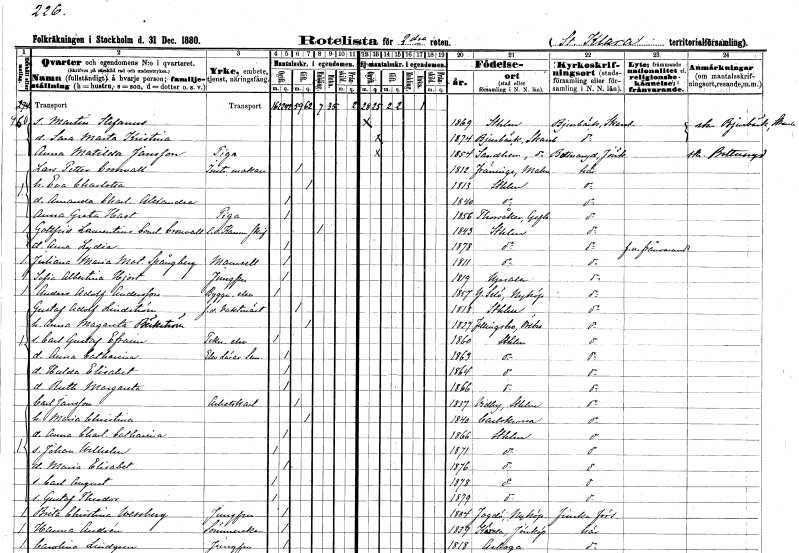
gt_parse: households: individuals: FN: Martin Stefanus
KON: M
CIV: O
FODAR: 1869
FODFORS: Stockholm
FN: Sara Marta Kristina
KON: K
CIV: O
FODAR: 1874
FODFORS: Bjurbäck Skaraborgs län
FN: Anna Matilda
EN: Jansson
YRKE: Piga
KON: K
CIV: O
FODAR: 1854
FODFORS: Sandhem Skaraborgs län
FN: Lars Petter
EN: Cronvall
YRKE: Instrumentmakare
KON: M
CIV: G
FODAR: 1812
FODFORS: Fränninge Malmöhus län
FN: Eva Charlotta
KON: K
CIV: G
FODAR: 1813
FODFORS: Stockholm
FN: Amanda Charlotta Alexandra
KON: K
CIV: O
FODAR: 1840
FODFORS: Stockholm
FN: Anna Greta
EN: Hast
YRKE: Piga
KON: K
CIV: O
FODAR: 1856
FODFORS: Torsåker Gävleborgs län
FN: Gottfrid Laurentius Constantin
EN: Cronvall
YRKE: Kammarskrivare e.o.
KON: M
CIV: E
FODAR: 1843
FODFORS: Stockholm
FN: Anna Lydia
KON: K
CIV: O
FODAR: 1878
FODFORS: Stockholm
FN: Juliana Maria Matilda
EN: Spångberg
KON: K
CIV: O
FODAR: 1811
FODFORS: Stockholm
FN: Sofia Albertina
EN: Hjort
YRKE: Jungfru
KON: K
CIV: O
FODAR: 1819
FODFORS: Uppsala Uppsala län
FN: Anders Adolf
EN: Andersson
YRKE: Byggnadselev
KON: M
CIV: O
FODAR: 1857
FODFORS: Ytterselö Södermanlands län
FN: Gustaf Adolf
EN: Lindström
YRKE: Vaktmästare f.d.
KON: M
CIV: G
FODAR: 1818
FODFORS: Stockholm
FN: Anna Magareta
EN: Bäckström
KON: K
CIV: G
FODAR: 1827
FODFORS: Fellingsbro Örebro län
FN: Carl Gustaf Efraim
YRKE: Teknologelev
KON: M
CIV: O
FODAR: 1860
FODFORS: Stockholm
FN: Anna Catharina
YRKE: Elev vid lärarseminarium
KON: K
CIV: O
FODAR: 1863
FODFORS: Stockholm
FN: Hulda Elisabet
KON: K
CIV: O
FODAR: 1864
FODFORS: Stockholm
FN: Ruth Margareta
KON: K
CIV: O
FODAR: 1866
FODFORS: Stockholm
FN: Carl
EN: Jansson
YRKE: Arbetskarl
KON: M
CIV: G
FODAR: 1837
FODFORS: Vidbo Stockholms län
FN: Maria Christina
KON: K
CIV: G
FODAR: 1840
FODFORS: Karlskrona Blekinge län
FN: Anna Charlotta Catharina
KON: K
CIV: O
FODAR: 1866
FODFORS: Stockholm
FN: Johan Wilhelm
KON: M
CIV: O
FODAR: 1871
FODFORS: Stockholm
FN: Maria Elisabet
KON: K
CIV: O
FODAR: 1876
FODFORS: Stockholm
FN: Carl August
KON: M
CIV: O
FODAR: 1878
FODFORS: Stockholm
FN: Gustaf Theodor
KON: M
CIV: O
FODAR: 1879
FODFORS: Stockholm